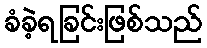
ခံခဲ့ရခြင်းဖြစ်သည်